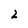
Character: 2